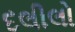
દલીલો